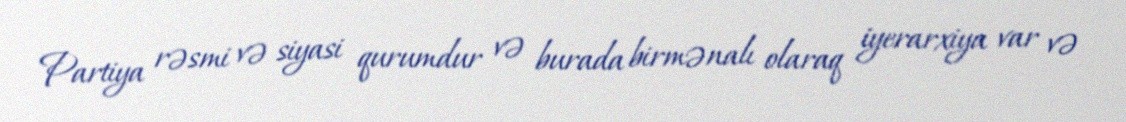
Partiya rəsmi və siyasi qurumdur və burada birmənalı olaraq iyerarxiya var və